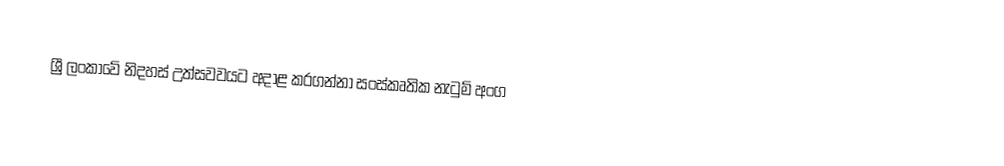
ශ්‍රී ලංකාවේ නිදහස් උත්සව‍වයට අදාළ කරගන්නා සංස්කෘතික නැටුම් අංග